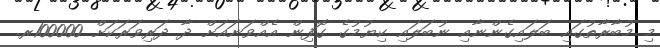
މި މުބާރާތުގައި ބަލައިގެންނާއި ނުބަލައި ކިޔުމުގެ ގޮފިން އެއްވަނައަށް ދާ ދަރިވަރަކަށް 100000ރ.